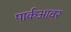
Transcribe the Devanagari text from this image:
पार्कआवर